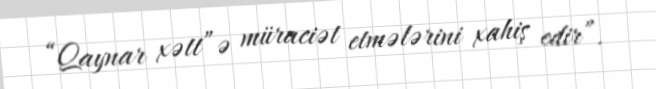
“Qaynar xətt”ə müraciət etmələrini xahiş edir”.